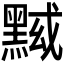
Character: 𱋷